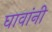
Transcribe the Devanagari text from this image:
घावांनी